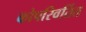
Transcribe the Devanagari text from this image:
कोपरिवर्तित